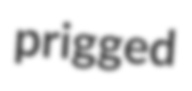
prigged